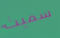
سميث